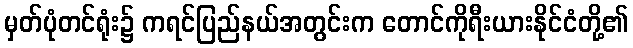
မှတ်ပုံတင်ရုံး၌ ကရင်ပြည်နယ်အတွင်းက တောင်ကိုရီးယားနိုင်ငံတို့၏